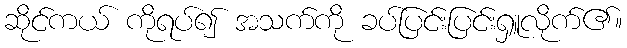
ဆိုင်ကယ် ကိုရပ်၍ အသက်ကို ခပ်ပြင်းပြင်းရှူလိုက်၏။